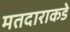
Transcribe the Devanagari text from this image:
मतदाराकडे